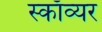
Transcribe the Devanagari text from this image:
स्काॅव्यर